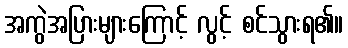
အကွဲအပြားများကြောင့် လွင့် စင်သွားရ၏။